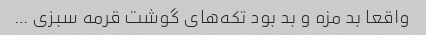
واقعا بد مزه و بد بود تکه‌های گوشت قرمه سبزی …